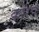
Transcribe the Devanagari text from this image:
कोरपे